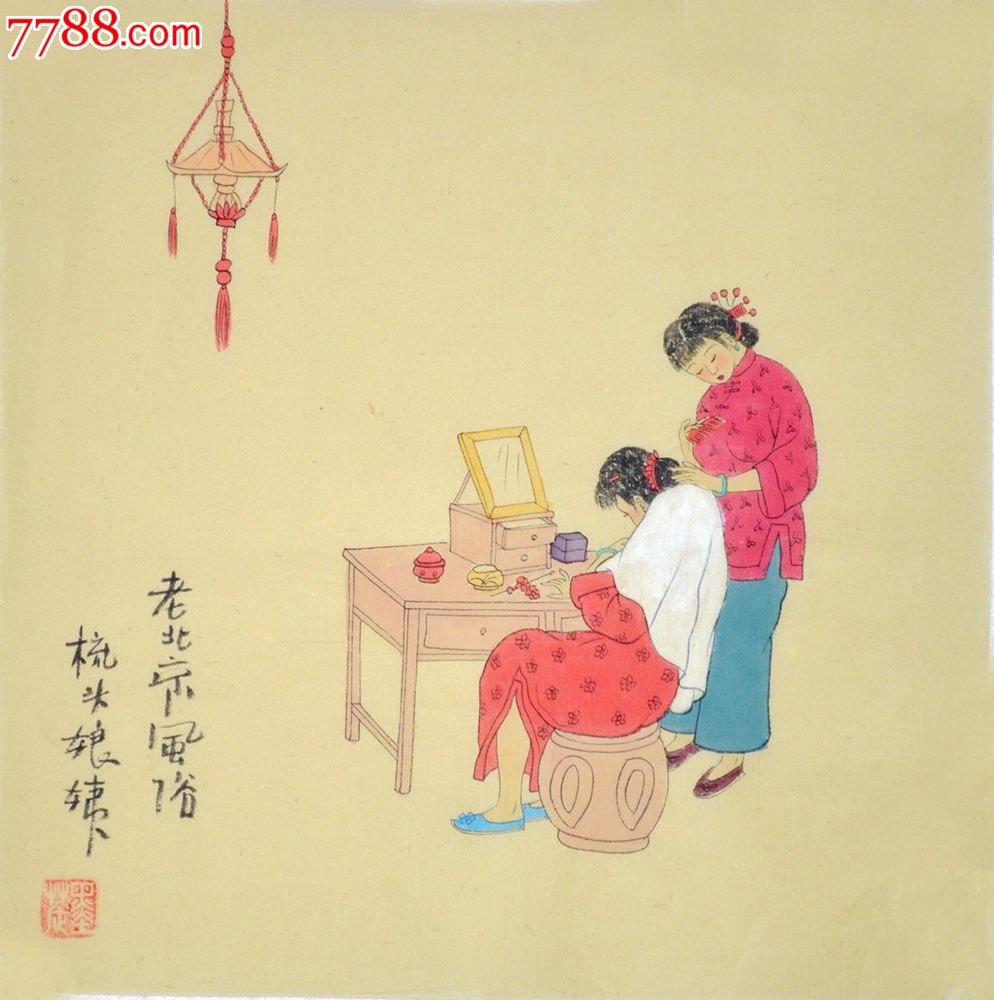
力田已告成，计日宜收藏。